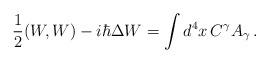
LaTeX: \begin{align*}{1\over 2}(W,W)- i\hbar\Delta W = \int d^4x \, C^\gamma A_\gamma \, .\end{align*}